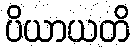
ပိယာယတိ